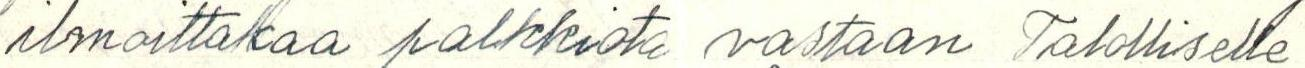
ilmoittakaa palkkiota vastaan Talolliselle